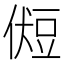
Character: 𰶛